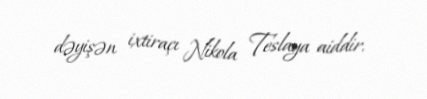
dəyişən ixtiraçı Nikola Teslaya aiddir.